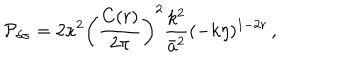
{ \cal P } _ { \delta \sigma } = 2 \kappa ^ { 2 } \left( { \frac { C ( r ) } { 2 \pi } } \right) ^ { 2 } { \frac { k ^ { 2 } } { \bar { a } ^ { 2 } } } ( - k \eta ) ^ { 1 - 2 r } \, ,